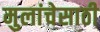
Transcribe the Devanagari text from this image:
मुलांचेसाठी